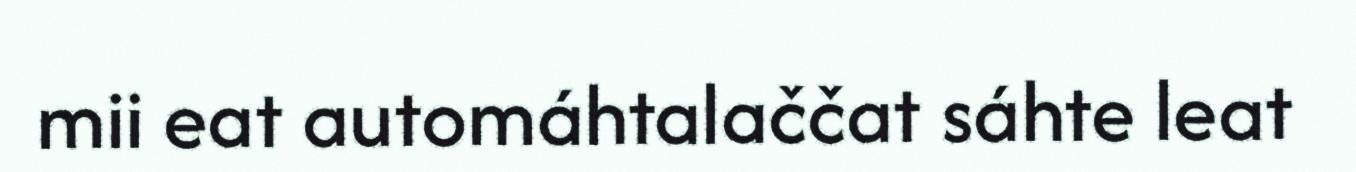
mii eat automáhtalaččat sáhte leat